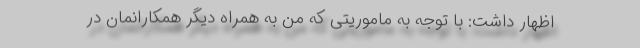
اظهار داشت: با توجه به ماموریتی که من به همراه دیگر همکارانمان در